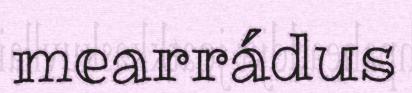
mearrádus